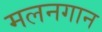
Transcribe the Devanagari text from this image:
मलनगान